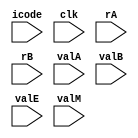
module writeBack(icode,clk,rA,rB,valA,valB,valE,valM);

input clk;
input [3:0] icode,rA,rB;
input [63:0] valA,valB,valE,valM;


reg [63:0] reg_mem[0:14];

always@(*)
begin
    case(icode)
        //cmmovXX rA rB
        4'b0010: begin
            reg_mem[rB]=valE;
        end

        //irmovq
        4'b0011: begin
            reg_mem[rB]=valE;
        end

        //rmmovq
        4'b0101:  begin
            reg_mem[rA]=valM;
        end

        //OPq
        4'b0110: begin
            reg_mem[rB]=valE;
        end

        //call
        4'b1000: begin
            reg_mem[4]=valE;
        end

        //ret
        4'b1001: begin
            reg_mem[4]=valE;
        end

        //pushq
        4'b1010: begin
            reg_mem[4]=valE;
        end

        //popq
        4'b1011: begin
            reg_mem[4]=valE;
            reg_mem[rA]=valM;
        end
    endcase
end


endmodule